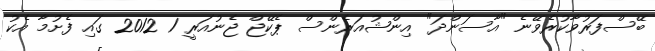
ބޭސްފަރުވާކުރެވޭނެ "އާސަންދަ" އިންޝުއަރެންސް ޕެކޭޖް ޖެނުއަރީ 1 2012 ގައި ފެށުމާ އެކު